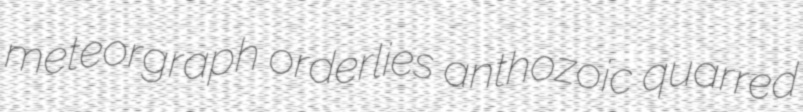
meteorgraph orderlies anthozoic quarred